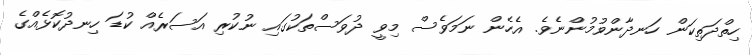
ހިތްދަތިކަން ހަނދާންވުމުންނެވެ. އެހެން ނަމަވެސް މިވީ ދުވަސްތަކުގައި ނުކުރި އަސަރެއް ކުޑަ ހިނދުކޮޅެއްގެ